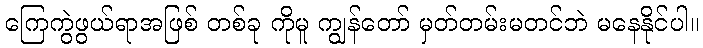
ကြေကွဲဖွယ်ရာအဖြစ် တစ်ခု ကိုမူ ကျွန်တော် မှတ်တမ်းမတင်ဘဲ မနေနိုင်ပါ။